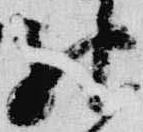
神